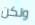
ولكن